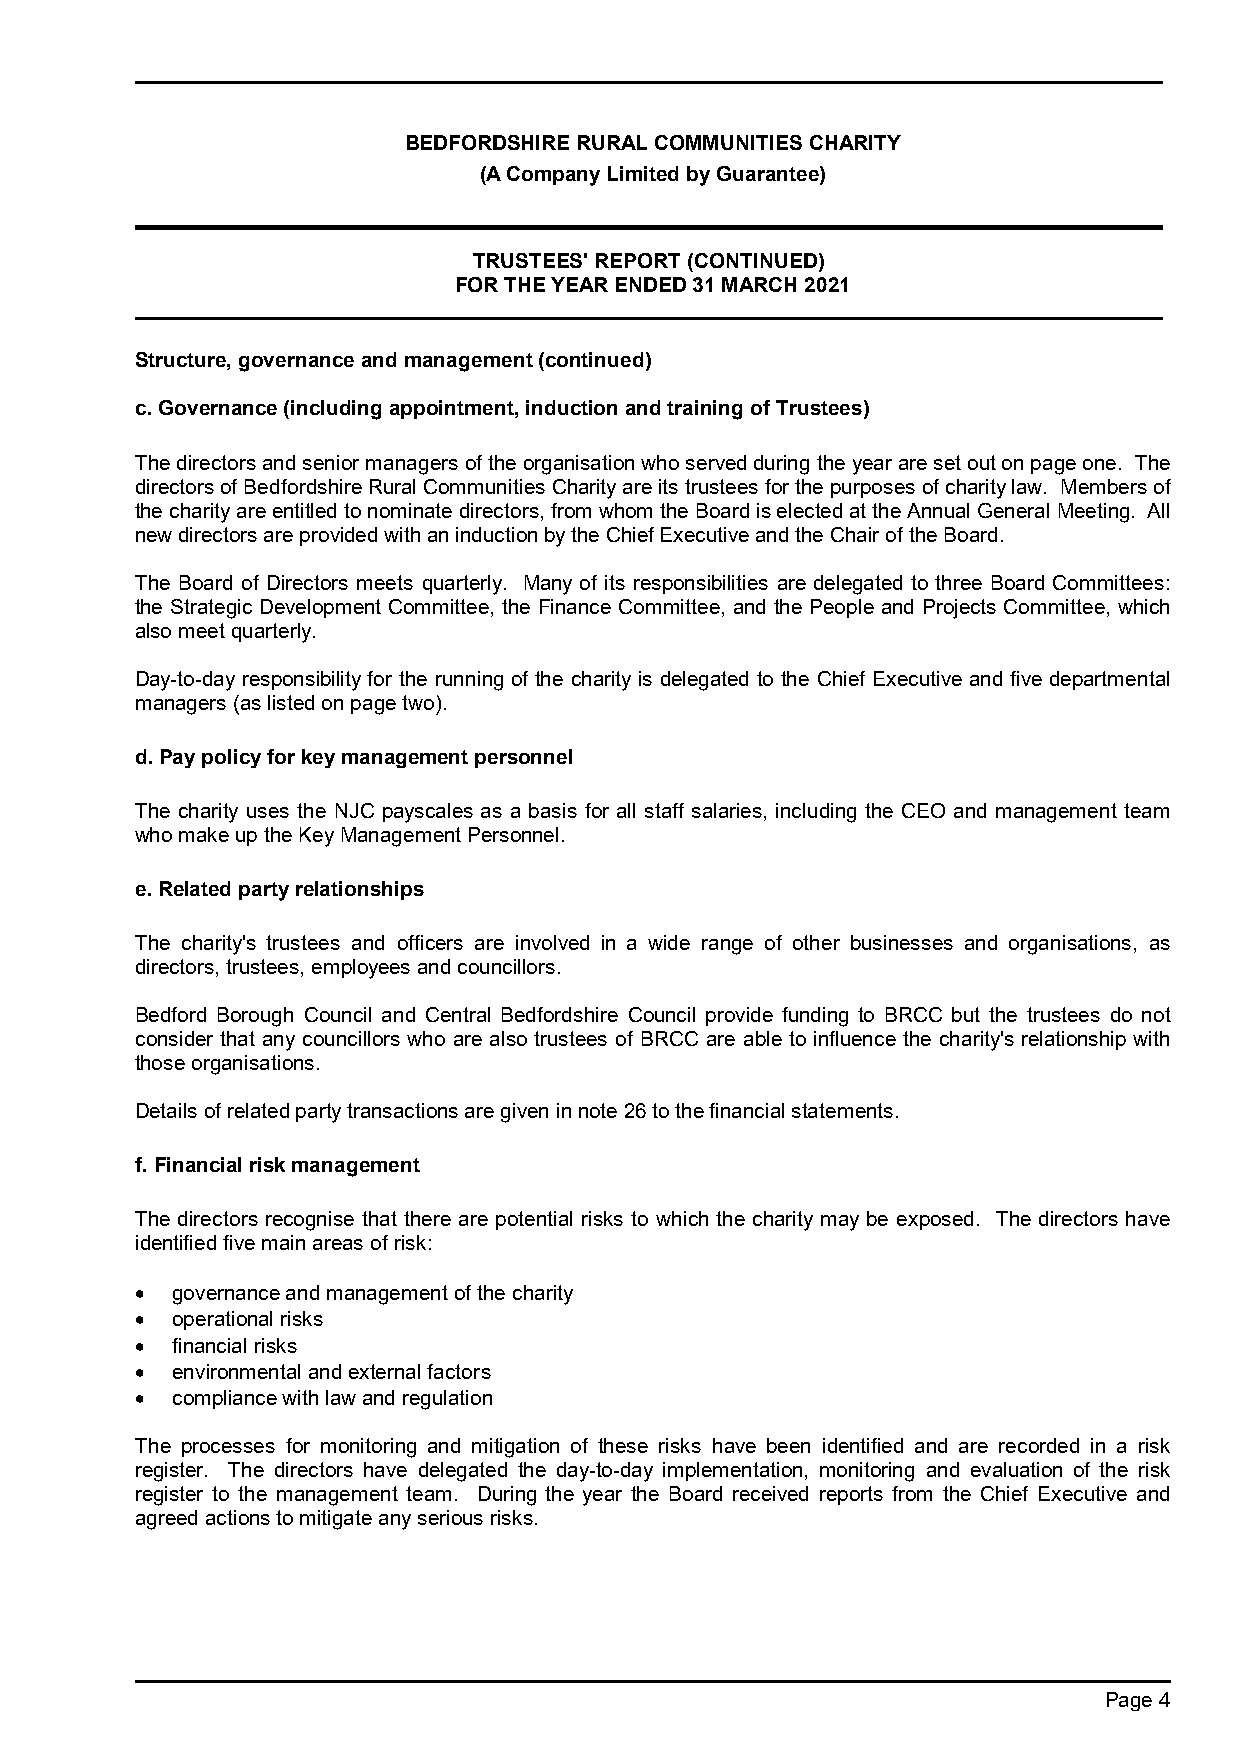
BEDFORDSHIRE RURAL COMMUNITIES CHARITY
 (A Company Limited by Guarantee)
 TRUSTEES' REPORT (CONTINUED)
 FOR THE YEAR ENDED 31 MARCH 2021
 Structure, governance and management (continued)
 c. Governance (including appointment, induction and training of Trustees)
 The directors and senior managers of the organisation who served during the year are set out on page one. The
 directors of Bedfordshire Rural Communities Charity are its trustees for the purposes of charity law. Members of
 the charity are entitled to nominate directors, from whom the Board is elected at the Annual General Meeting. All
 new directors are provided with an induction by the Chief Executive and the Chair of the Board.
 The Board of Directors meets quarterly. Many of its responsibilities are delegated to three Board Committees:
 the Strategic Development Committee, the Finance Committee, and the People and Projects Committee, which
 also meet quarterly.
 Day-to-day responsibility for the running of the charity is delegated to the Chief Executive and five departmental
 managers (as listed on page two).
 d. Pay policy for key management personnel
 The charity uses the NJC payscales as a basis for all staff salaries, including the CEO and management team
 who make up the Key Management Personnel.
 e. Related party relationships
 The charity's trustees and officers are involved in a wide range of other businesses and organisations, as
 directors, trustees, employees and councillors.
 Bedford Borough Council and Central Bedfordshire Council provide funding to BRCC but the trustees do not
 consider that any councillors who are also trustees of BRCC are able to influence the charity's relationship with
 those organisations.
 Details of related party transactions are given in note 26 to the financial statements.
 f. Financial risk management
 The directors recognise that there are potential risks to which the charity may be exposed. The directors have
 identified five main areas of risk:
  governance and management of the charity
  operational risks
  financial risks
  environmental and external factors
  compliance with law and regulation
 The processes for monitoring and mitigation of these risks have been identified and are recorded in a risk
 register. The directors have delegated the day-to-day implementation, monitoring and evaluation of the risk
 register to the management team. During the year the Board received reports from the Chief Executive and
 agreed actions to mitigate any serious risks.
 Page 4